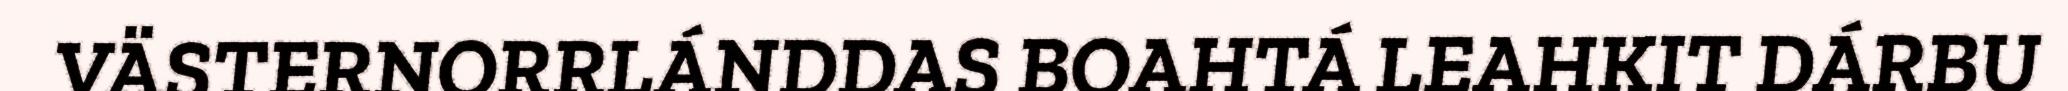
VÄSTERNORRLÁNDDAS BOAHTÁ LEAHKIT DÁRBU